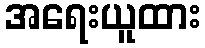
အရေးယူထား